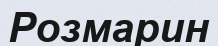
Розмарин